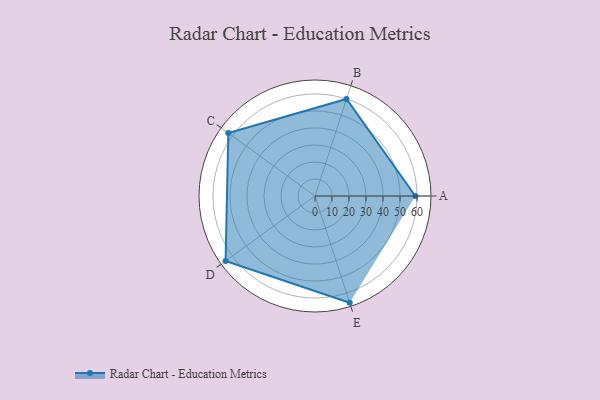
{"axis": {"x": "Skill", "y": "Score"}, "legend": ["Profile"], "data": [{"x": "A", "y": 59.0, "type": "Profile"}, {"x": "B", "y": 60.0, "type": "Profile"}, {"x": "C", "y": 63.0, "type": "Profile"}, {"x": "D", "y": 65.0, "type": "Profile"}, {"x": "E", "y": 66.0, "type": "Profile"}]}